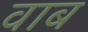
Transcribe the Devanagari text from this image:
वाब